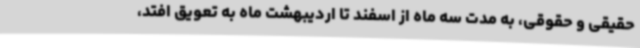
حقیقی و حقوقی، به مدت سه ماه از اسفند تا اردیبهشت ماه به تعویق افتد،